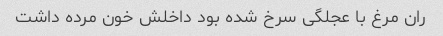
ران مرغ با عجلگی سرخ شده بود داخلش خون مرده داشت